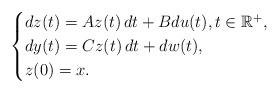
LaTeX: \begin{align*} \begin{cases}dz(t)=Az(t) \, dt + Bdu(t), t \in \mathbb{R}^+, \\dy(t)=Cz(t) \, dt + dw(t), \\z(0)=x.\end{cases}\end{align*}